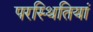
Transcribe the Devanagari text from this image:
परस्थितियां